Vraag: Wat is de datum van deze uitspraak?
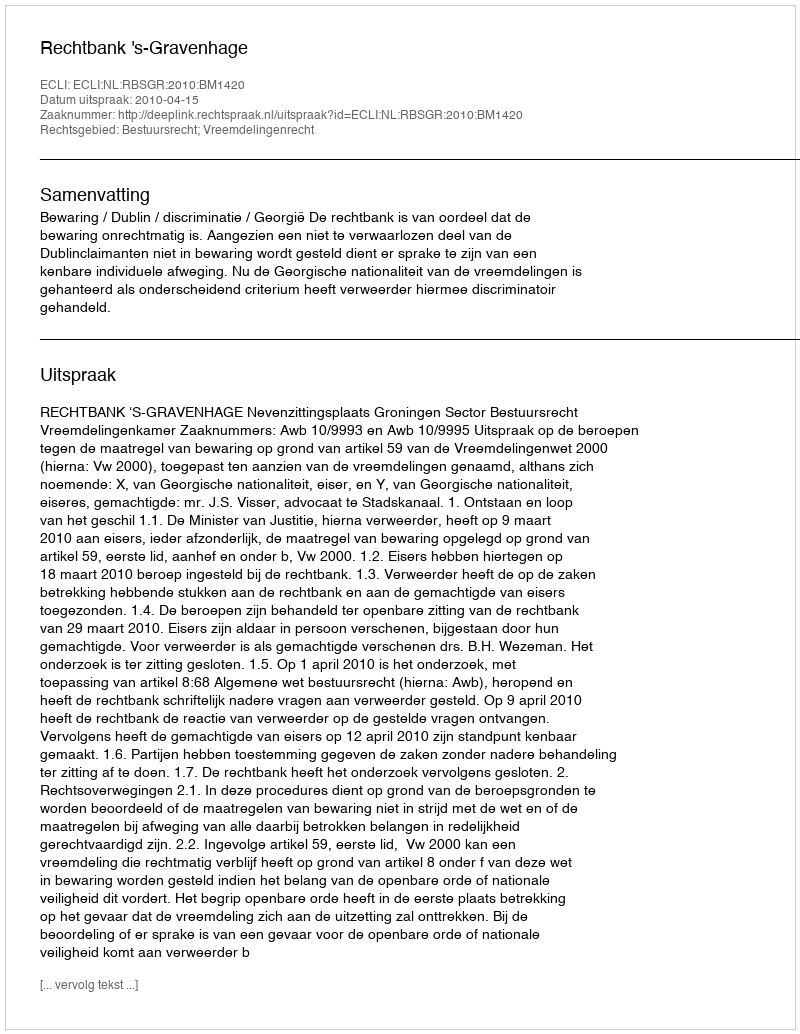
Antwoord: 2010-04-15